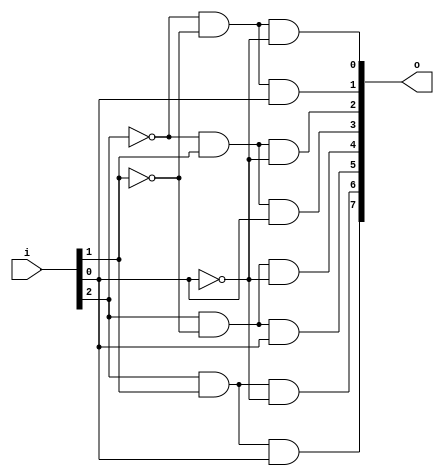
module decoder3to8(i, o);

input [2:0] i;
output [7:0] o;
wire [7:0] o;

// SoP Combinational Logic
assign o[0] = ~i[2] & ~i[1] & ~i[0];
assign o[1] = ~i[2] & ~i[1] & i[0];
assign o[2] = ~i[2] & i[1] & ~i[0];
assign o[3] = ~i[2] & i[1] & i[0];
assign o[4] = i[2] & ~i[1] & ~i[0];
assign o[5] = i[2] & ~i[1] & i[0];
assign o[6] = i[2] & i[1] & ~i[0];
assign o[7] = i[2] & i[1] & i[0];

endmodule